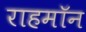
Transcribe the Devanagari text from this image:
राहमॉन